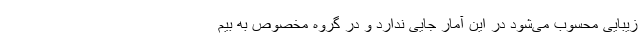
زیبایی محسوب می‌شود در این آمار جایی ندارد و در گروه مخصوص به بیم